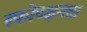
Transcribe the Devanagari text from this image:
स्फोटक्षमता